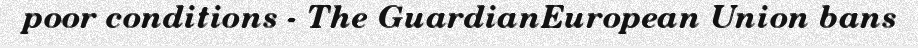
poor conditions - The GuardianEuropean Union bans